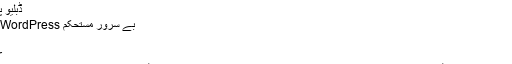
جامد سائٹ جنریٹر پلگ انز
ڈبلیو پی 2 اسٹاٹک
بے سرور مستحکم WordPress ہوسٹنگ حل
ہارڈ پریس
shifter کے
دوسرے لفظوں میں ، جس سیٹ اپ کے بارے میں ہم بات کر رہے ہیں اس سے آپ کو اپنے مواد اور سائٹ کا نظم و نسق آسانی سے کرنے کی اجازت ہوگی۔